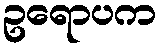
ဥရောပက